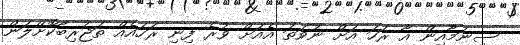
ސިނަމާއިން އާ ރަހަ އަށް ނުވަތަ އެއަށް ވުރެ ފިނި ރަހައެއް ތަޖުރިބާކޮށްލަން